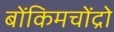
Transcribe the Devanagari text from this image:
बोंकिमचोंद्रो